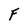
Character: F